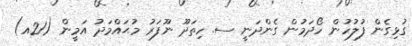
ގުޅިގެން ފުލުހުން ހޯދަމުން ގެންދަނީ ސ. ހިތަދޫ ނޫފަރު މުޙައްމަދު އަމީން (21އ)